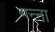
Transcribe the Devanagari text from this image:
गन्‍ना